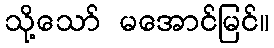
သို့သော် မအောင်မြင်။